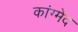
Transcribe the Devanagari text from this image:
कांग्मेद